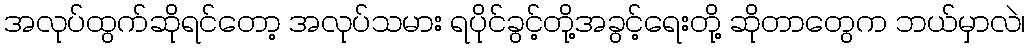
အလုပ်ထွက်ဆိုရင်တော့ အလုပ်သမား ရပိုင်ခွင့်တို့အခွင့်ရေးတို့ ဆိုတာတွေက ဘယ်မှာလဲ၊